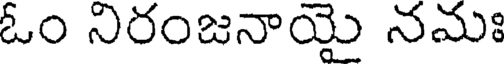
ఓం నిరంజనాయై నమః